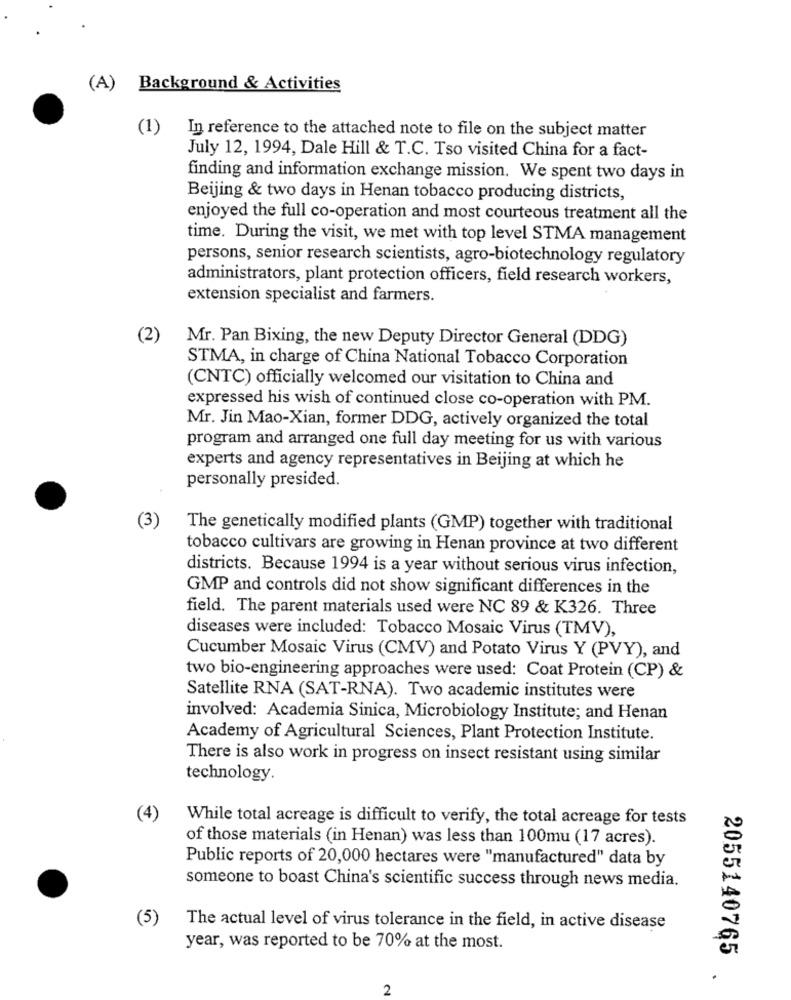
(A)
Background & Activities
(1)
In reference to the attached note to file on the subject matter
July 12, 1994, Dale Hill & T.C. Tso visited China for a fact-
finding and information exchange mission. We spent two days in
Beijing & two days in Henan tobacco producing districts,
enjoyed the full co-operation and most courteous treatment all the
time. During the visit, we met with top level STMA management
persons, senior research scientists, agro-biotechnology regulatory
administrators, plant protection officers, field research workers,
extension specialist and farmers.
Mr. Pan Bixing, the new Deputy Director General (DDG)
STMA, in charge of China National Tobacco Corporation
(CNTC) officially welcomed our visitation to China and
expressed his wish of continued close co-operation with PM.
Mr. Jin Mao-Xian, former DDG, actively organized the total
program and arranged one full day meeting for us with various
experts and agency representatives in Beijing at which he
personally presided.
(3
The genetically modified plants (GMP) together with traditional
tobacco cultivars are growing in Henan province at two different
districts. Because 1994 is a year without serious virus infection,
GMP and controls did not show significant differences in the
field. The parent materials used were NC 89 & K326. Three
diseases were included: Tobacco Mosaic Virus (TMV),
Cucumber Mosaic Virus (CMV) and Potato Virus Y (PVY), and
two bio-engineering approaches were used: Coat Protein (CP) &
Satellite RNA (SAT-RNA). Two academic institutes were
involved: Academia Sinica, Microbiology Institute; and Henan
Academy of Agricultural Sciences, Plant Protection Institute.
There is also work in progress on insect resistant using similar
technology.
(4)
While total acreage is difficult to verify, the total acreage for tests
of those materials (in Henan) was less than 100mu (17 acres).
Public reports of 20,000 hectares were "manufactured" data by
someone to boast China's scientific success through news media.
(5)
The actual level of virus tolerance in the field, in active disease
year, was reported to be 70% at the most.
2055140765
2